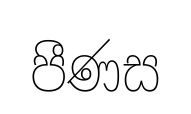
පීණස